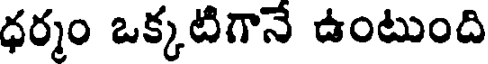
ధర్మం ఒక్కటిగానే ఉంటుంది